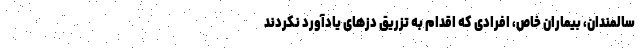
سالمندان،‌ بیماران خاص،‌ افرادی که اقدام به تزریق دزهای یادآورد نکردند